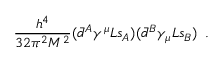
{ \frac { h ^ { 4 } } { 3 2 \pi ^ { 2 } M ^ { 2 } } } ( \bar { d } ^ { A } \gamma ^ { \mu } L s _ { A } ) ( \bar { d } ^ { B } \gamma _ { \mu } L s _ { B } ) \, \, \, .